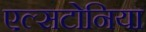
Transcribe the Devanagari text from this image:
एल्सटोनिया